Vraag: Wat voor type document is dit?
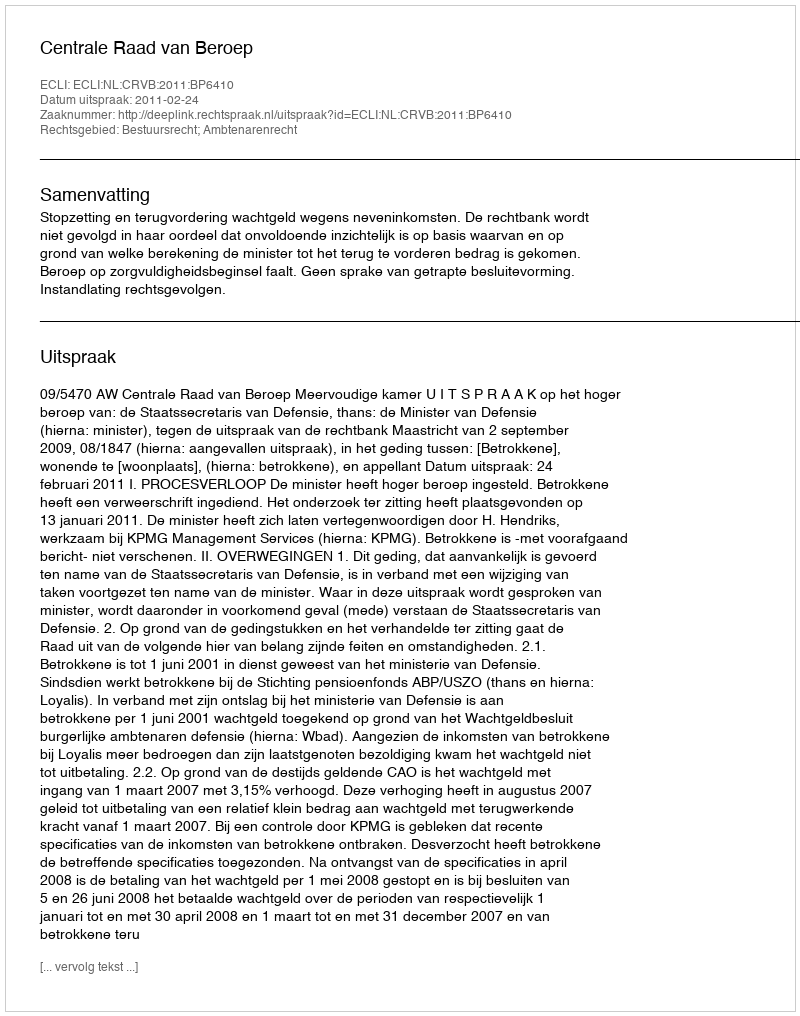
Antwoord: Uitspraak